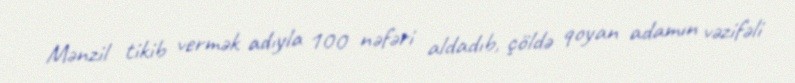
Mənzil tikib vermək adıyla 100 nəfəri aldadıb, çöldə qoyan adamın vəzifəli